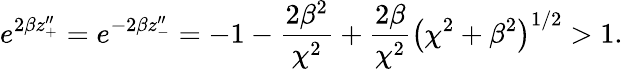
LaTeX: e^{2\beta z_{+}^{\prime\prime}}=e^{-2\beta z_{-}^{\prime\prime}}=-1-\frac{2\beta^{2}}{\chi^{2}}+\frac{2\beta}{\chi^{2}}\left(\chi^{2}+\beta^{2}\right)^{1/2}>1.